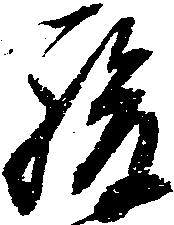
駿